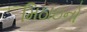
મિઠાઇનો